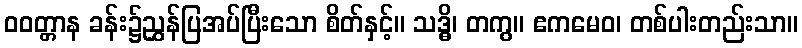
ဝဝတ္တာန ခန်း၌ညွှန်ပြအပ်ပြီးသော စိတ်နှင့်။ သဒ္ဓိ၊ တကွ။ ဧကမေဝ၊ တစ်ပါးတည်းသာ။